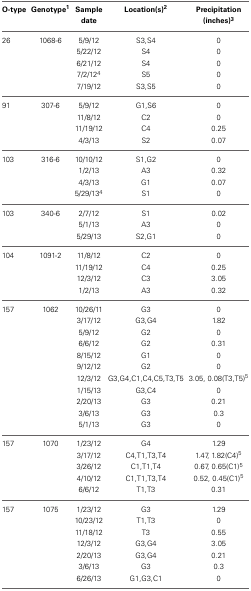
<table><thead><tr><td><b>O-type</b></td><td><b>Genotype<sup>1</sup></b></td><td><b>Sample date</b></td><td><b>Location(s)<sup>2</sup></b></td><td><b>Precipitation (inches)<sup>3</sup></b></td></tr></thead><tbody><tr><td>26</td><td>1068-6</td><td>5/9/12</td><td>S3,S4</td><td>0</td></tr><tr><td></td><td></td><td>5/22/12</td><td>S4</td><td>0</td></tr><tr><td></td><td></td><td>6/21/12</td><td>S4</td><td>0</td></tr><tr><td></td><td></td><td>7/2/12<sup>4</sup></td><td>S5</td><td>0</td></tr><tr><td></td><td></td><td>7/19/12</td><td>S3,S5</td><td>0</td></tr><tr><td>91</td><td>307-6</td><td>5/9/12</td><td>G1,S6</td><td>0</td></tr><tr><td></td><td></td><td>11/8/12</td><td>C2</td><td>0</td></tr><tr><td></td><td></td><td>11/19/12</td><td>C4</td><td>0.25</td></tr><tr><td></td><td></td><td>4/3/13</td><td>S2</td><td>0.07</td></tr><tr><td>103</td><td>316-6</td><td>10/10/12</td><td>S1,G2</td><td>0</td></tr><tr><td></td><td></td><td>1/2/13</td><td>A3</td><td>0.32</td></tr><tr><td></td><td></td><td>4/3/13</td><td>G1</td><td>0.07</td></tr><tr><td></td><td></td><td>5/29/13<sup>4</sup></td><td>S1</td><td>0</td></tr><tr><td>103</td><td>340-6</td><td>2/7/12</td><td>S1</td><td>0.02</td></tr><tr><td></td><td></td><td>5/1/13</td><td>A3</td><td>0</td></tr><tr><td></td><td></td><td>5/29/13</td><td>S2,G1</td><td>0</td></tr><tr><td>104</td><td>1091-2</td><td>11/8/12</td><td>C2</td><td>0</td></tr><tr><td></td><td></td><td>11/19/12</td><td>C4</td><td>0.25</td></tr><tr><td></td><td></td><td>12/3/12</td><td>C3</td><td>3.05</td></tr><tr><td></td><td></td><td>1/2/13</td><td>A3</td><td>0.32</td></tr><tr><td>157</td><td>1062</td><td>10/26/11</td><td>G3</td><td>0</td></tr><tr><td></td><td></td><td>3/17/12</td><td>G3,G4</td><td>1.82</td></tr><tr><td></td><td></td><td>5/9/12</td><td>G2</td><td>0</td></tr><tr><td></td><td></td><td>6/6/12</td><td>G2</td><td>0.31</td></tr><tr><td></td><td></td><td>8/15/12</td><td>G1</td><td>0</td></tr><tr><td></td><td></td><td>9/12/12</td><td>G2</td><td>0</td></tr><tr><td></td><td></td><td>12/3/12</td><td>G3,G4,C1,C4,C5,T3,T5</td><td>3.05, 0.08(T3,T5)<sup>5</sup></td></tr><tr><td></td><td></td><td>1/15/13</td><td>G3,C4</td><td>0</td></tr><tr><td></td><td></td><td>2/20/13</td><td>G3</td><td>0.21</td></tr><tr><td></td><td></td><td>3/6/13</td><td>G3</td><td>0.3</td></tr><tr><td></td><td></td><td>5/1/13</td><td>G3</td><td>0</td></tr><tr><td>157</td><td>1070</td><td>1/23/12</td><td>G4</td><td>1.29</td></tr><tr><td></td><td></td><td>3/17/12</td><td>C4,T1,T3,T4</td><td>1.47, 1.82(C4)<sup>5</sup></td></tr><tr><td></td><td></td><td>3/26/12</td><td>C1,T1,T4</td><td>0.67, 0.65(C1)<sup>5</sup></td></tr><tr><td></td><td></td><td>4/10/12</td><td>C1,T1,T3,T4</td><td>0.52, 0.45(C1)<sup>5</sup></td></tr><tr><td></td><td></td><td>6/6/12</td><td>T1,T3</td><td>0.31</td></tr><tr><td>157</td><td>1075</td><td>1/23/12</td><td>G3</td><td>1.29</td></tr><tr><td></td><td></td><td>10/23/12</td><td>T1,T3</td><td>0</td></tr><tr><td></td><td></td><td>11/18/12</td><td>T3</td><td>0.55</td></tr><tr><td></td><td></td><td>12/3/12</td><td>G3,G4</td><td>3.05</td></tr><tr><td></td><td></td><td>2/20/13</td><td>G3,G4</td><td>0.21</td></tr><tr><td></td><td></td><td>3/6/13</td><td>G3</td><td>0.3</td></tr><tr><td></td><td></td><td>6/26/13</td><td>G1,G3,C1</td><td>0</td></tr></tbody></table>